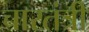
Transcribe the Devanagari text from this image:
चारतंत्री